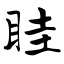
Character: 眭